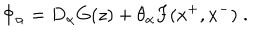
\Phi _ { \alpha } = D _ { \alpha } G ( z ) + \theta _ { \alpha } F ( x ^ { + } , x ^ { - } ) \; .